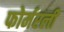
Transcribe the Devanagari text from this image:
फोर्मरली